Uue-Poltsamaa_vallakohus, lk 73
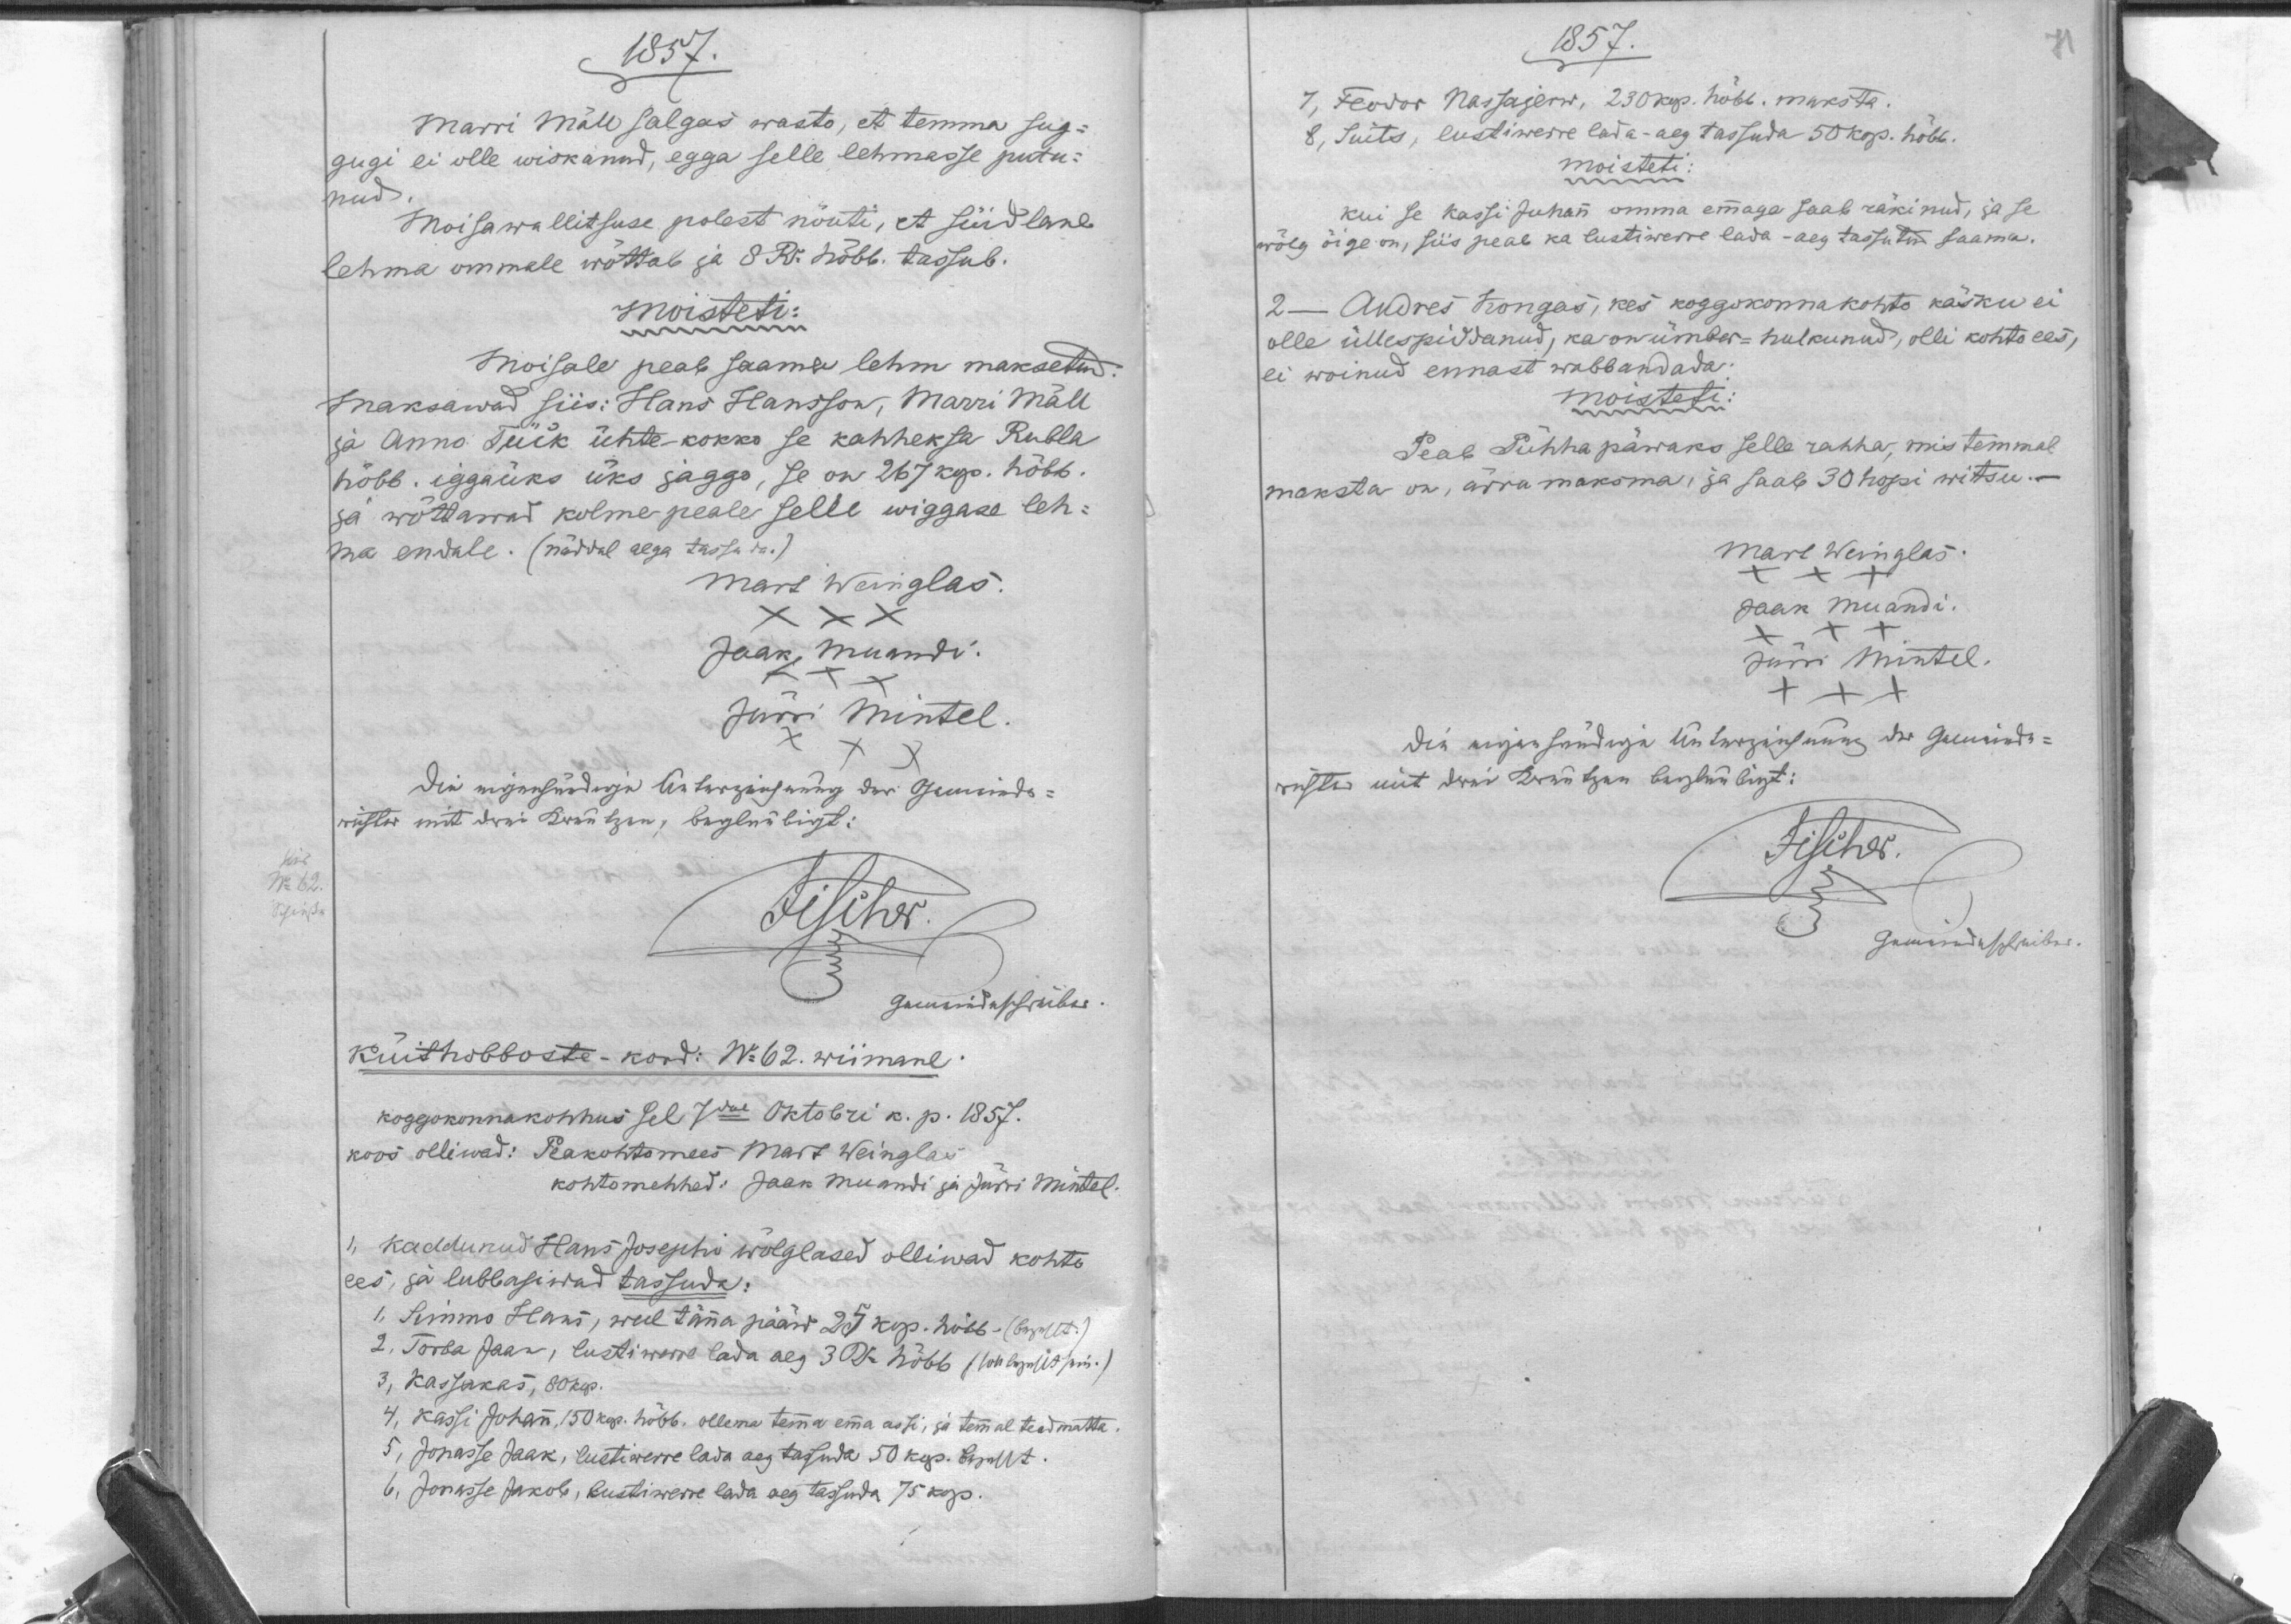
1857.
Marri Mäll salgas wasto, et temma sug-
gugi ei olle wiskanud, egga selle lehmasse putu-
nud.
Moisawallitsuse polest nõuti, et süidlane
lehma ommale wõttab ja 8 Ru hõbb. tassub.
moisteti:
Moisale peab saama lehm maksetud.
Maksawad siis: Hans Hansson, Marri Mäll
ja Anno Tüik ühte-kokko se kahheksa Rubla
hõbb. iggaüks üks jaggo, se on 267 kop. hõbb.
ja wõttawad kolme peale selle wiggase leh-
ma endale. (näddal aega tassuda.)
Mart Weinglas
Jaak Muandi.
Jurri Mintel.
Küithobboste-kord: No 62. wiimane.
koggokonnakohhus sel 7dal Oktobri k. p. 1857.
koos olliwad: Peakohtomees Mart Weinglas
kohtomehhed: Jaak Muandi ja Jürri Mintel.
1)
Kaddunud Hans Josephi wõlglased olliwad kohto
ees, ja lubbasiwad tassuda:
1, Simmo Hans, weel Täna pääw 25 kop. hõbb.
2, Torba Jaan, Lustiwerra lada aeg 3 Ru hõbb. 
3, Kassakas, 80 kop
4. Kassi Johann, 150 kop. hõbb. ollema temma emma assi, ja temmal teadmatta.
5, Jonasse Jaak Lustiwerre lada aeg tassuda 50 kop. 
6, Jonasse Jakob, Lustiwerre lada aeg tassuda 75 kop

1857.
7, Feodor Nassajerw, 230 kop. hõbb. maksta.
8, Suits, lustiwerre lada-aeg tassuda 50 kop. hõbb.
moisteti:
kui se Kassi Juhann omma emmaga saab räkinud, ja se
wõlg õige on, siis peab ka lustiwerre lada-aeg tassutud saama.
2 - Andres Kongas, kes koggokonnakohto käsku ei
olle üllespiddanud, kes on ümber-hulkunud, olli kohto ees,
ei woinud ennast wabbandada.
moisteti:
Peab Pühhapäwaks selle rahha, mis temmal
maksta on, ärra maksma, ja saab 30 hopi witsu.
Mart Weinglas
Jaak Muandi
Jürri Mintel
XXX